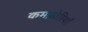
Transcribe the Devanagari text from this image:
कमज़ोरियाँ